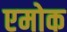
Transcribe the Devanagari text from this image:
एमोक